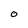
Character: O